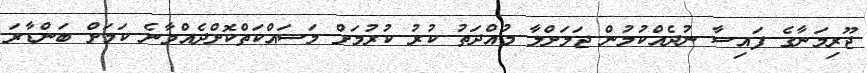
ޖޫރިމަނާގެ ފައިސާ ނުދެއްކުމުން ޖަލަށްލާ މުއްދަތު ކުރު ކުރުމަށް މަސައްކަތްކޮށްދެއްވާނެ ކަމަށް ބަންޑާރަ